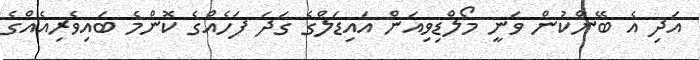
އަދި އެ ބޭންކުން ވަނީ މޯލްޑިވިއަން އައިޑަލްގެ ގަދަ ފަހެއްގެ ކޮންމެ ބައިވެރިއެއްގެ